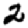
Digit: 2